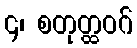
၄၊ စတုတ္ထဝဂ်